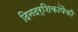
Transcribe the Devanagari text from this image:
दिनदर्शिकांपैकी